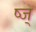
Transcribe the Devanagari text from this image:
ष्ज्